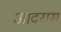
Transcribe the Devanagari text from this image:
आदरास